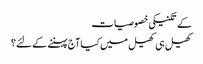
کے تکنیکی خصوصیات
کھیل ہی کھیل میں کیا آج پہننے کے لئے؟